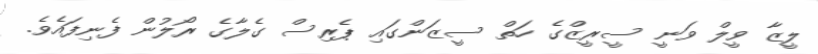
ލީޒާ ވީލް ވަނީ ސީރީޒްގެ ހަތް ސީޒަންގައި ޕެރިސް ގެލާގެ ރޯލުން ފެނިފައެވެ.